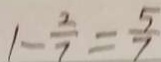
1 - \frac { 2 } { 7 } = \frac { 5 } { 7 }